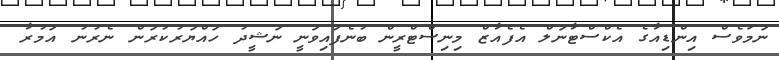
ނަމަވެސް އިންޑިއާގެ އެކްސްޓާނަލް އެފެއާޒް މިނިސްޓްރީން ބުނެފައިވަނީ ނަޝީދު ހައްޔަރުކުރަން ނެރުނު އަމުރާ